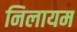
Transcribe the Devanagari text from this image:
निलायम